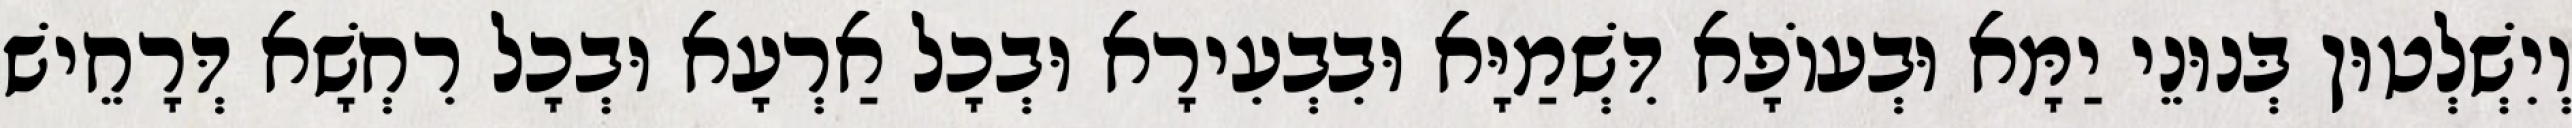
וְיִשְׁלְטוּן בְּנוּנֵי יַמָּא וּבְעוֹפָא דִּשְׁמַיָּא וּבִבְעִירָא וּבְכָל אַרְעָא וּבְכָל רִחְשָׁא דְּרָחֵישׁ